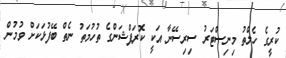
ކުރީގެ ހެލްތު މިނިސްޓަރު ސިރިސޭނާ އަކީ ކޮރަޕްޝަންގެ ތުހުމަތު ނެތް ބޭފުޅަކަށް ވުމުން